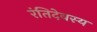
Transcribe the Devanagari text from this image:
रंतिदेवस्य